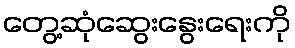
တွေ့ဆုံဆွေးနွေးရေးကို